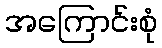
အကြောင်းစုံ